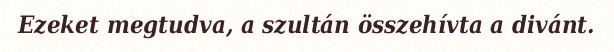
Ezeket megtudva, a szultán összehívta a divánt.